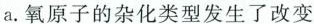
a.氧原子的杂化类型发生了改变